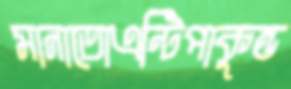
মানাতোএন্টিপাকুন্ড